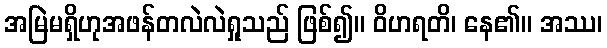
အမြဲမရှိဟုအဖန်တလဲလဲရှုသည် ဖြစ်၍။ ဝိဟရတိ၊ နေ၏။ အဿ၊